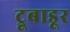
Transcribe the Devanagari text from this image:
ट्रूबाडूर